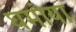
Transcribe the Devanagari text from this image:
घमोया